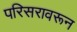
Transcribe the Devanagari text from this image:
परिसरावरून